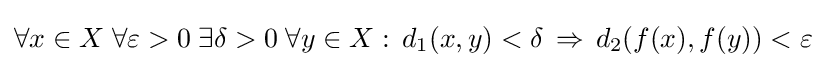
\forall x\in X\;\forall \varepsilon >0\;\exists \delta >0\;\forall y\in X:\,d_{1}(x,y)<\delta \,\Rightarrow \,d_{2}(f(x),f(y))<\varepsilon